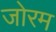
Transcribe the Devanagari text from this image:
जोरम